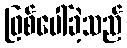
ဖြစ်ပေါ်ခဲ့သည်